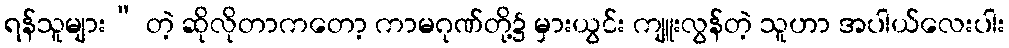
ရန်သူများ” တဲ့ ဆိုလိုတာကတော့ ကာမဂုဏ်တို့၌ မှားယွင်း ကျူးလွန်တဲ့ သူဟာ အပါယ်လေးပါး